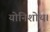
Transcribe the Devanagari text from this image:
योनिशोथ।